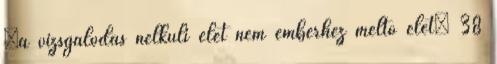
„a vizsgálódás nélküli élet nem emberhez méltó élet” 38